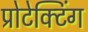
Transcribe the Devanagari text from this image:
प्रोटेक्टिंग